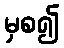
မှစ၍